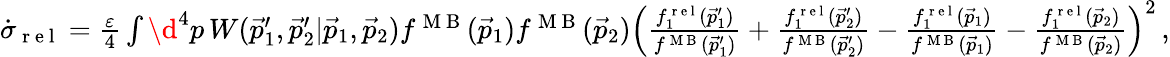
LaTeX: \begin{array}{r}{\dot{\sigma}_{\mathrm{~r~e~l~}}=\frac{\varepsilon}{4}\int\d^{4}p\, W(\vec{p}_{1}^{\prime},\vec{p}_{2}^{\prime}|\vec{p}_{1},\vec{p}_{2})f^{\mathrm{~M~B~}}(\vec{p}_{1})f^{\mathrm{~M~B~}}(\vec{p}_{2})\left(\frac{f_{1}^{\mathrm{~r~e~l~}}(\vec{p}_{1}^{\prime})}{f^{\mathrm{~M~B~}}(\vec{p}_{1}^{\prime})}+\frac{f_{1}^{\mathrm{~r~e~l~}}(\vec{p}_{2}^{\prime})}{f^{\mathrm{~M~B~}}(\vec{p}_{2}^{\prime})}-\frac{f_{1}^{\mathrm{~r~e~l~}}(\vec{p}_{1})}{f^{\mathrm{~M~B~}}(\vec{p}_{1})}-\frac{f_{1}^{\mathrm{~r~e~l~}}(\vec{p}_{2})}{f^{\mathrm{~M~B~}}(\vec{p}_{2})}\right)^{2}\, ,}\end{array}